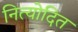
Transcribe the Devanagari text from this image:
नित्योदित